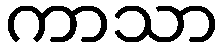
ကာသာ